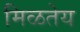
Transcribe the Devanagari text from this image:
मिळतेय